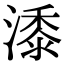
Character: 潻